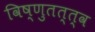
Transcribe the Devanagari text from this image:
विष्णुतत्त्व